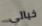
خيالي